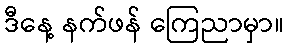
ဒီနေ့ နက်ဖန် ကြေညာမှာ။